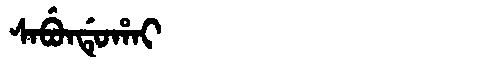
Manchu: ᠰᠠᠪᡠᠨᡩᡠᡥᠠᡳ
Romanization: SABUNDUHAI